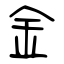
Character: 金